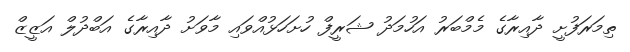
ތިމަރަފުށީ ދާއިރާގެ މެމްބަރު އަހުމަދު ޝަރީފް ހުށަހަޅުއްވައި މާވަށު ދާއިރާގެ އަބްދުލް އަޒީޒް